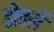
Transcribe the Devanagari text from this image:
झेतलें